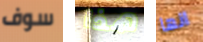
سوف هذا انها